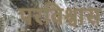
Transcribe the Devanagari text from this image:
परविश्वास